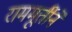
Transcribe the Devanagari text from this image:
राममूर्तीने